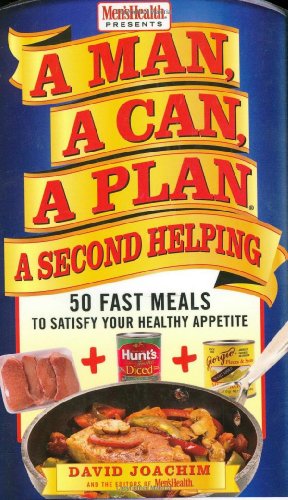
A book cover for A Man, A Can, A Plan, A Second Helping: 50 Fast Meals to Satisfy Your Healthy Appetite; David Joachim; Cookbooks, Food & Wine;